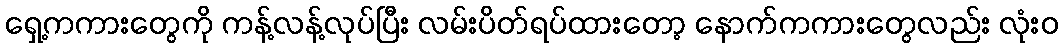
ရှေ့ကကားတွေကို ကန့်လန့်လုပ်ပြီး လမ်းပိတ်ရပ်ထားတော့ နောက်ကကားတွေလည်း လုံးဝ